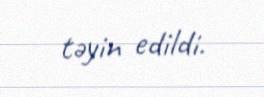
təyin edildi.